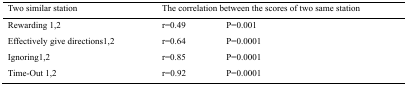
<table><thead><tr><td><b>Two similar station</b></td><td colspan="2"><b>The correlation between the scores of two same station</b></td></tr></thead><tbody><tr><td>Rewarding 1,2</td><td>r=0.49</td><td>P=0.001</td></tr><tr><td>Effectively give directions1,2</td><td>r=0.64</td><td>P=0.0001</td></tr><tr><td>Ignoring1,2</td><td>r=0.85</td><td>P=0.0001</td></tr><tr><td>Time-Out 1,2</td><td>r=0.92</td><td>P=0.0001</td></tr></tbody></table>